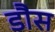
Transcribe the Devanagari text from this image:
डौस